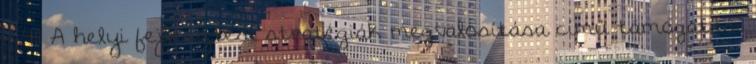
- 411 A helyi fejlesztési stratégiák megvalósítása című támogatási